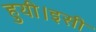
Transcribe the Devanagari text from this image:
हुयी।इसी